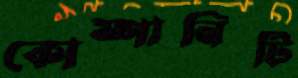
কোম্পানিটি